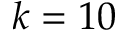
k = 1 0